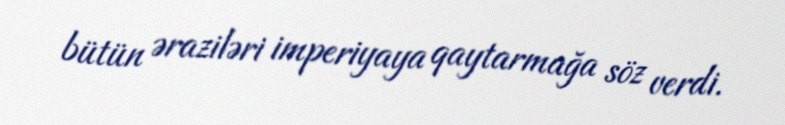
bütün əraziləri imperiyaya qaytarmağa söz verdi.